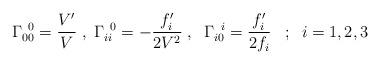
LaTeX: \begin{align*} \Gamma_{00}^{\;\; 0} = \frac{V'}{V} \; , \; \Gamma_{ii}^{\;\; 0} = -\frac{f_i'}{2V^2}\; , \;\; \Gamma_{i0}^{\;\; i}= \frac{f_i'}{2 f_i}\;\;\; ; \; \; i=1, 2, 3\end{align*}